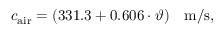
c _ { \mathrm { a i r } } = ( 3 3 1 . 3 + 0 . 6 0 6 \cdot \vartheta ) ~ ~ ~ \mathrm { m / s } ,